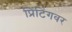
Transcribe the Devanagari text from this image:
प्रिंटिंगवर